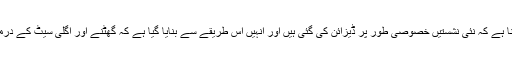
امریکن ایئر لائنز کے ترجمان جوشوا فرید کا کہنا ہے کہ نئی نشستیں خصوصی طور پر ڈیزائن کی گئی ہیں اور انہیں اس طریقے سے بنایا گیا ہے کہ گھٹنے اور اگلی سیٹ کے درمیان زیادہ سے زیادہ فاصلہ برقرا رکھا جا سکے۔